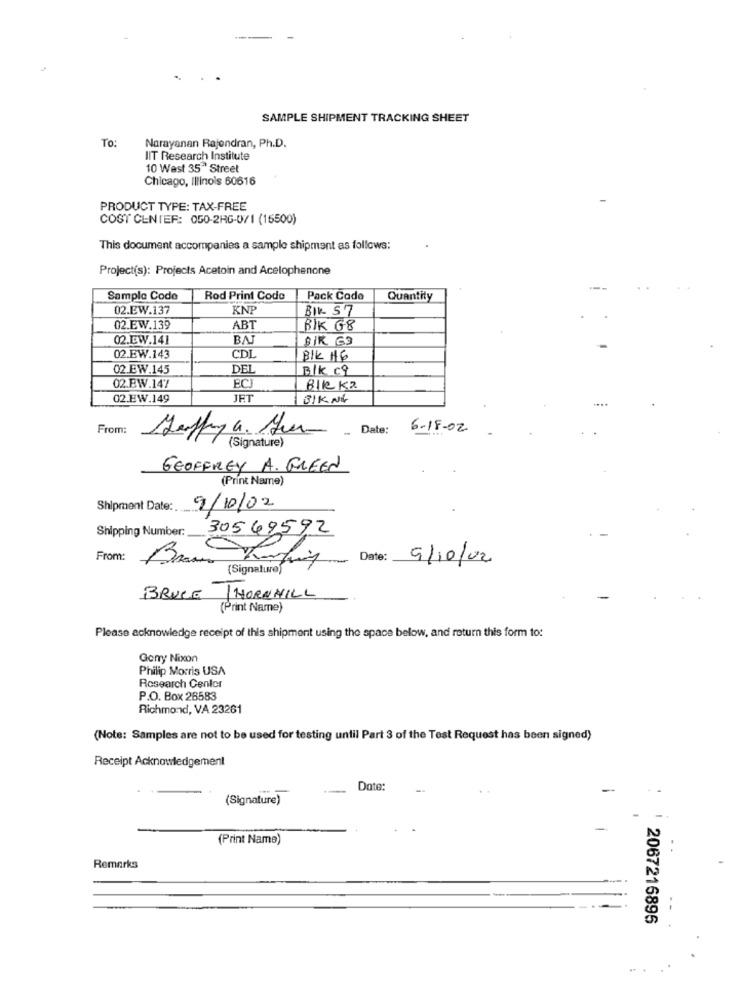
SAMPLE SHIPMENT TRACKING SHEET
To:
Narayanan Rajendran, Ph.D.
IIT Research Institute
10 Wast 35" Street
Chicago, Illinois 60616
PRODUCT TYPE: TAX-FREE
COST CENTER: 050-2RG-0/1 (15500)
This document accompanies a sample shipment as follows:
Project(s): Projects Acetoin and Acelophenone
Sample Code
Rod Print Codo
Pack Code
Quantity
02.EW.137
KNP
BIK 57
02.EW.139
ABT
BIK G8
02.EW.141
BAJ
02.EW.143
CDL
BIK #16
02.EW.145
DEL
Blk c9
ECJ
02.BW.147
BlK K2
02.EW.149
JET
BIKING
From:
Jeffya. Hur Date: 6-18.02.
(Signature)
GEOFFREY A. GREEN
(Print Name)
Shipment Date:
9/10/02
Shipping Number :_
30569592
From:
Brawn Korting Date:
9/10/02
(Signature)
BRUCE
THORNHILL
(Print Name)
Please acknowledge receipt of this shipment using the space below, and return this form to:
Gomy Nixon
Philip Morris USA
Research Center
P.O. Box 26583
Richmond, VA 23261
(Note: Samples are not to be used for testing until Part 3 of the Test Request has been signed)
Receipt Acknowledgement
Date:
(Signature)
-
(Print Name)
Remarks
2067216896